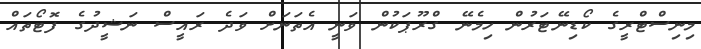
މިނިސްޓްރީގެ ކޯޑިނޭޓަރުން ހިމެނޭ ގްރޫޕަކުން ވަނީ އެތަނަށް ވަދެ ރައީސް ނަޝީދުގެ ފޮޓޯތައް